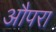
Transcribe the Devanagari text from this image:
औपरा